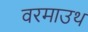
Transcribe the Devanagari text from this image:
वरमाउथ